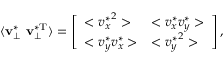
\langle \mathbf { v } _ { \perp } ^ { \ast } ~ \mathbf { v } _ { \perp } ^ { \ast \mathrm { { T } } } \rangle = \left[ \begin{array} { l l } { < { v _ { x } ^ { \ast } } ^ { 2 } > } & { < v _ { x } ^ { \ast } v _ { y } ^ { \ast } > } \\ { < v _ { y } ^ { \ast } v _ { x } ^ { \ast } > } & { < { v _ { y } ^ { \ast } } ^ { 2 } > } \end{array} \right] ,